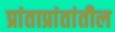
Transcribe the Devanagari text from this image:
प्रांताप्रांतांतील